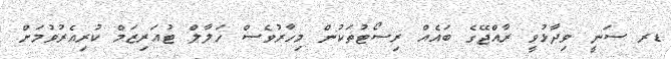
ޑރ ސަނީ ވިދާޅުވީ ރާއްޖޭގެ ބައެއް ރިސޯޓުތަކުން މިހާރުވެސް ހަލާލް ޓުއަރިޒަމް ކުރިއެރުވުމަށް